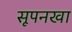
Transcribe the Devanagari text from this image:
सूपनखा